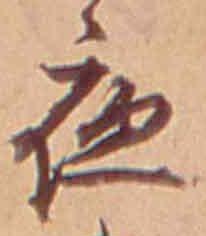
夜